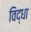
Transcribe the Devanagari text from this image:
विद्धा